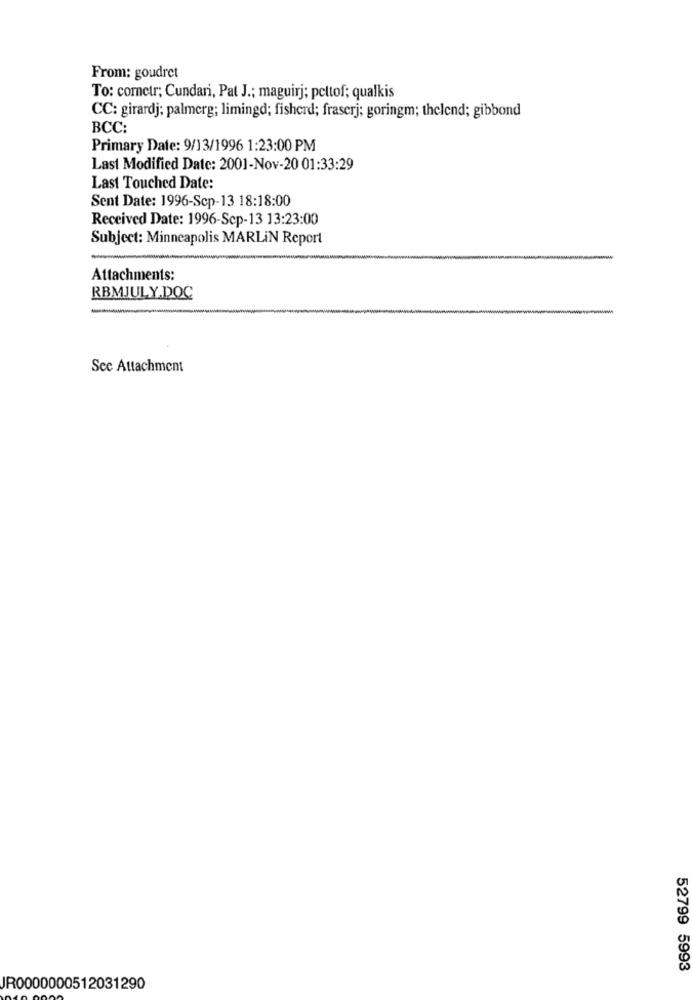
From: goudret
To: cometr; Cundari, Pat J .; maguirj; pettof; qualkis
CC: girardj; palmerg; limingd; fisherd; fraserj; goringm; thelend; gibbond
BCC:
Primary Date: 9/13/1996 1:23:00 PM
Last Modified Date: 2001-Nov-20 01:33:29
Last Touched Date:
Sent Date: 1996-Scp-13 18:18:00
Received Date: 1996-Scp-13 13:23:00
Subject: Minneapolis MARLIN Report
Attachments:
RBMJULY.DOC
-
See Attachment
52799 5993
IR0000000512031290